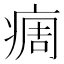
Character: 𬏳